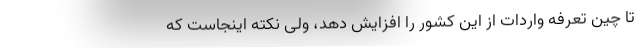
تا چین تعرفه واردات از این کشور را افزایش دهد، ولی نکته اینجاست که